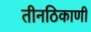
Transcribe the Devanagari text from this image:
तीनठिकाणी